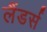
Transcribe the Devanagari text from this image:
लैंडर्स